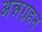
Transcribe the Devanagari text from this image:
अन्नग्रहन